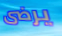
يرضى